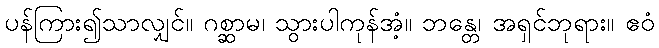
ပန်ကြား၍သာလျှင်။ ဂစ္ဆာမ၊ သွားပါကုန်အံ့။ ဘန္တေ၊ အရှင်ဘုရား။ ဧဝံ